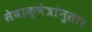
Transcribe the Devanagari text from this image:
सेवाक्षेत्रांनुसार